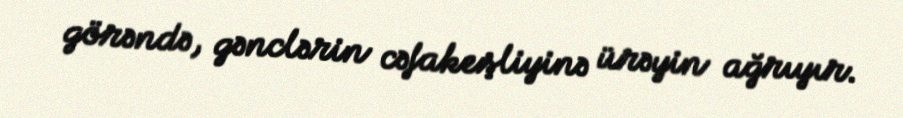
görəndə, gənclərin cəfakeşliyinə ürəyin ağrıyır.